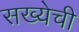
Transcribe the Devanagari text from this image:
सख्येची